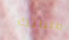
طلباتك